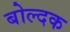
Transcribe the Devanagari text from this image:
बोल्दक